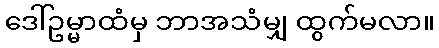
ဒေါ်ဥမ္မာထံမှ ဘာအသံမျှ ထွက်မလာ။